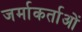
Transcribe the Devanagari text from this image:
जर्माकर्ताओं